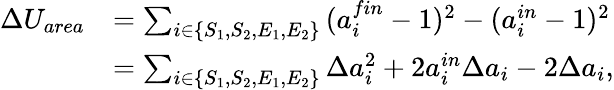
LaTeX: \begin{array}{rl}{\Delta U_{area}}&{=\sum_{i\in\{ S_{1},S_{2},E_{1},E_{2}\} }{(a_{i}^{fin}-1)^{2}-(a_{i}^{in}-1)^{2}}}\\ &{=\sum_{i\in\{ S_{1},S_{2},E_{1},E_{2}\} }\Delta a_{i}^{2}+2a_{i}^{in}\Delta a_{i}-2\Delta a_{i},}\end{array}